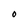
Character: O